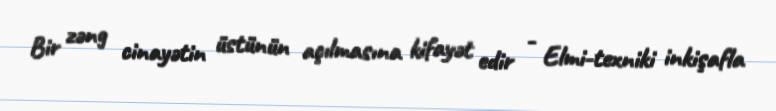
Bir zəng cinayətin üstünün açılmasına kifayət edir - Elmi-texniki inkişafla